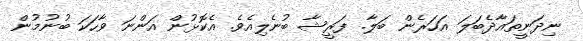
ނިދަނީތައާދެބަލަ އަހަރެން ބަލާ. ފަރީޝާ ބުނެލިއެވެ. އެކޮޅުން އަންނަ ވާހަކަ ބުނުމުން